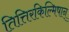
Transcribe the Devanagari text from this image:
तित्तिरकिल्मिषान्